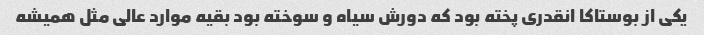
یکی از بوستاکا انقدری پخته بود که دورش سیاه و سوخته بود بقیه موارد عالی مثل همیشه